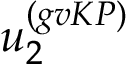
u _ { 2 } ^ { ( g v K P ) }